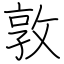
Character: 敦